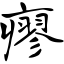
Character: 瘳